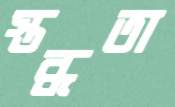
স্তব্ধতা